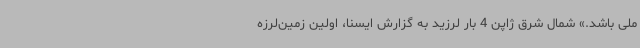
ملی باشد.» شمال شرق ژاپن 4 بار لرزید به گزارش ایسنا، اولین زمین‌لرزه